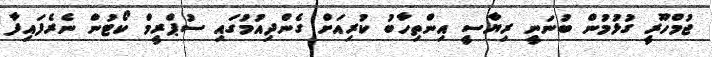
ޖުމްހޫރީ ގުޅުމުން ބުނަނީ ރިޔާސީ އިންތިހާބު ކުރިއަށް ގެންދިއުމުގައި ސުޕްރީމް ކޯޓުން ނެރެފައިފާ